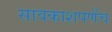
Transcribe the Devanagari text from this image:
सावकाशपणेंच